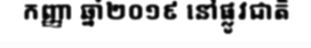
កញ្ញា ឆ្នាំ២០១៩ នៅផ្លូវជាតិ